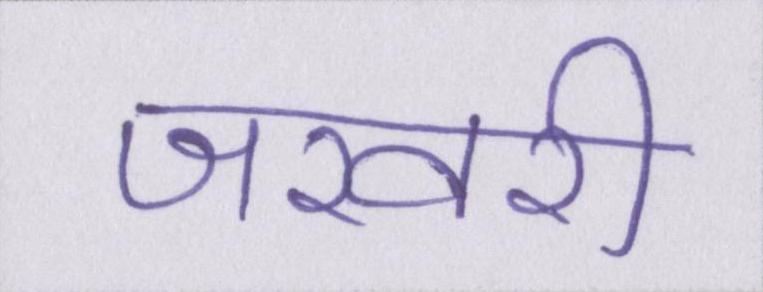
जरवरी